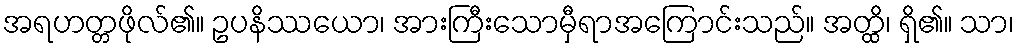
အရဟတ္တဖိုလ်၏။ ဥပနိဿယော၊ အားကြီးသောမှီရာအကြောင်းသည်။ အတ္ထိ၊ ရှိ၏။ သာ၊